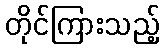
တိုင်ကြားသည့်